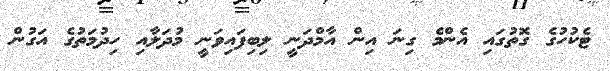
ޓެކުހުގެ ގޮތުގައި އެންމެ ގިނަ އިން އާމްދަނީ ލިބިފައިވަނީ މުދަލާއި ހިދުމަތުގެ އަގުން